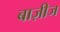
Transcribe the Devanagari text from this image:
बाज़ीज